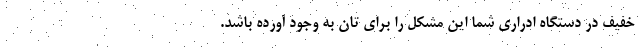
خفیف در دستگاه ادراری شما این مشکل را برای تان به وجود آورده باشد.